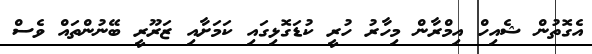
އެގޮތުން ޝެއިހް އިމްރާން މިހާރު ހުރީ ކުޑަގޮޅިގައި ކަމަށާއި ޒަރޫރީ ބޭނުންތައް ވެސް